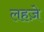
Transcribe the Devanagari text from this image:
लहजे़